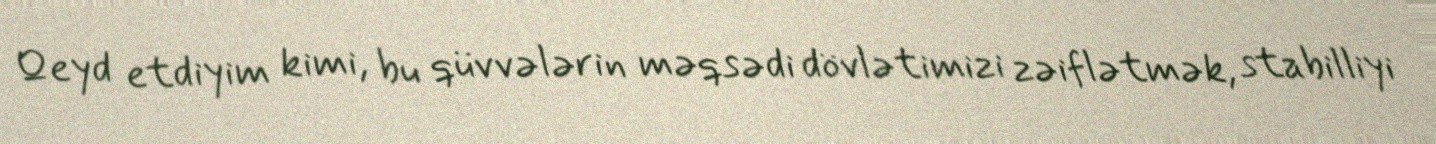
Qeyd etdiyim kimi, bu qüvvələrin məqsədi dövlətimizi zəiflətmək, stabilliyi